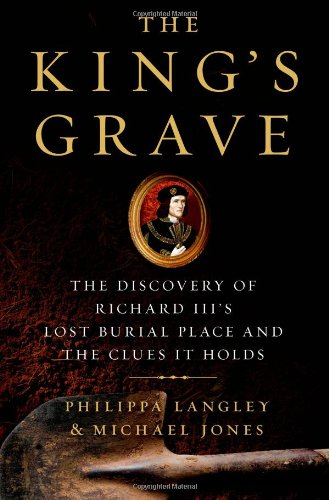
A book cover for The King's Grave: The Discovery of Richard III's Lost Burial Place and the Clues It Holds; Philippa Langley; Biographies & Memoirs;